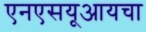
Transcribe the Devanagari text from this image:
एनएसयूआयचा